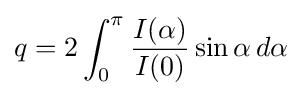
q=2\int _{0}^{\pi }{\frac {I(\alpha )}{I(0)}}\sin \alpha \,d\alpha